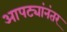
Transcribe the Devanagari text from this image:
आपट्यांनंतर